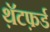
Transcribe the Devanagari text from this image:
थ़ॅटफ़र्ड